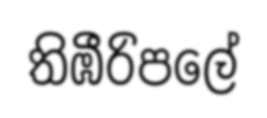
තිඹීරිපලේ